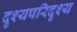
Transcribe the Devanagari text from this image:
दृश्यपरिदृश्य